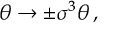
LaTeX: \theta \rightarrow \pm \sigma ^ { 3 } \theta \, ,